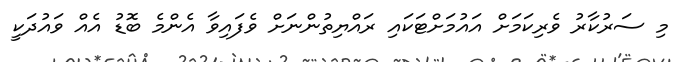
މި ސަރުކާރު ވެރިކަމަށް އައުމަށްޓަކައި ރައްޔިތުންނަށް ވެފައިވާ އެންމެ ބޮޑު އެއް ވައުދަކީ